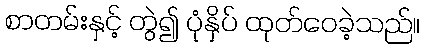
စာတမ်းနှင့် တွဲ၍ ပုံနှိပ် ထုတ်ဝေခဲ့သည်။